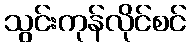
သွင်းကုန်လိုင်စင်